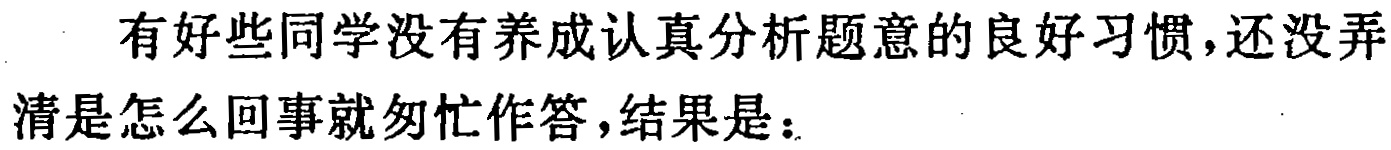
有好些同学没有养成认真分析题意的良好习惯，还没弄清是怎么回事就匆忙作答，结果是：